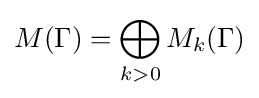
M(\Gamma )=\bigoplus _{k>0}M_{k}(\Gamma )